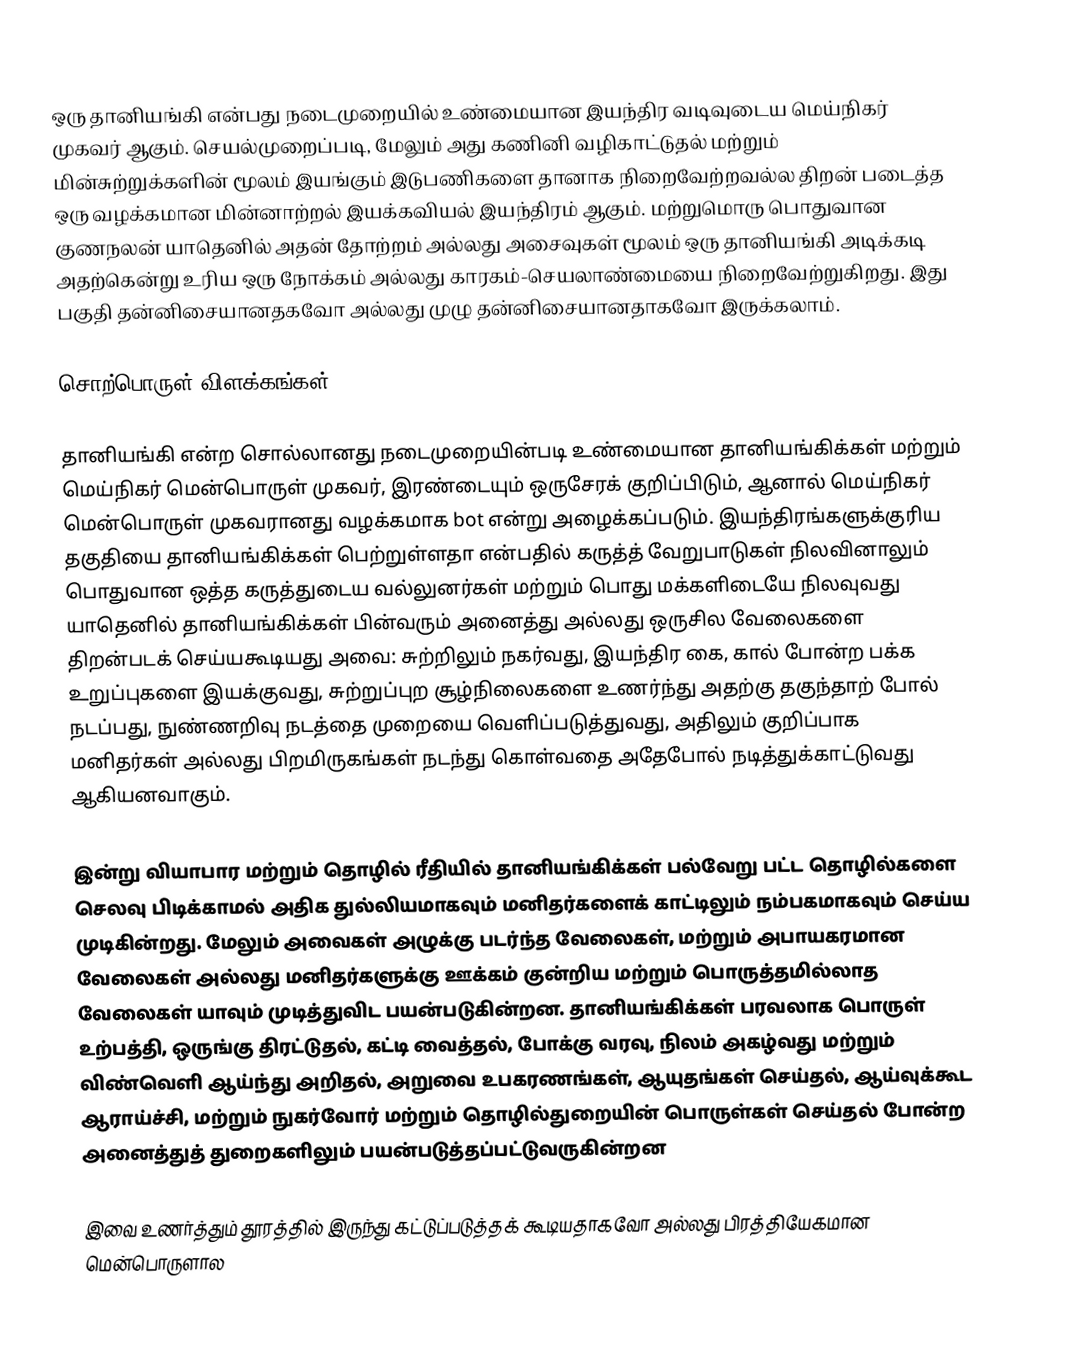
ஒரு தானியங்கி என்பது நடைமுறையில் உண்மையான இயந்திர வடிவுடைய மெய்நிகர் முகவர் ஆகும். செயல்முறைப்படி, மேலும் அது கணினி வழிகாட்டுதல் மற்றும் மின்சுற்றுக்களின் மூலம் இயங்கும் இடுபணிகளை தானாக நிறைவேற்றவல்ல திறன் படைத்த ஒரு வழக்கமான மின்னாற்றல் இயக்கவியல் இயந்திரம் ஆகும். மற்றுமொரு பொதுவான குணநலன் யாதெனில் அதன் தோற்றம் அல்லது அசைவுகள் மூலம் ஒரு தானியங்கி அடிக்கடி அதற்கென்று உரிய ஒரு நோக்கம் அல்லது காரகம்-செயலாண்மையை நிறைவேற்றுகிறது. இது பகுதி தன்னிசையானதகவோ அல்லது முழு தன்னிசையானதாகவோ இருக்கலாம்.

சொற்பொருள் விளக்கங்கள்

தானியங்கி என்ற சொல்லானது நடைமுறையின்படி உண்மையான தானியங்கிக்கள் மற்றும் மெய்நிகர் மென்பொருள் முகவர், இரண்டையும் ஒருசேரக் குறிப்பிடும், ஆனால் மெய்நிகர் மென்பொருள் முகவரானது வழக்கமாக bot என்று அழைக்கப்படும். இயந்திரங்களுக்குரிய தகுதியை தானியங்கிக்கள் பெற்றுள்ளதா என்பதில் கருத்த் வேறுபாடுகள் நிலவினாலும் பொதுவான ஒத்த கருத்துடைய வல்லுனர்கள் மற்றும் பொது மக்களிடையே நிலவுவது யாதெனில் தானியங்கிக்கள் பின்வரும் அனைத்து அல்லது ஒருசில வேலைகளை திறன்படக் செய்யகூடியது அவை: சுற்றிலும் நகர்வது, இயந்திர கை, கால் போன்ற பக்க உறுப்புகளை இயக்குவது, சுற்றுப்புற சூழ்நிலைகளை உணர்ந்து அதற்கு தகுந்தாற் போல் நடப்பது, நுண்ணறிவு நடத்தை முறையை வெளிப்படுத்துவது, அதிலும் குறிப்பாக மனிதர்கள் அல்லது பிறமிருகங்கள் நடந்து கொள்வதை அதேபோல் நடித்துக்காட்டுவது ஆகியனவாகும்.

இன்று வியாபார மற்றும் தொழில் ரீதியில் தானியங்கிக்கள் பல்வேறு பட்ட தொழில்களை செலவு பிடிக்காமல் அதிக துல்லியமாகவும் மனிதர்களைக் காட்டிலும் நம்பகமாகவும் செய்ய முடிகின்றது. மேலும் அவைகள் அழுக்கு படர்ந்த வேலைகள், மற்றும் அபாயகரமான வேலைகள் அல்லது மனிதர்களுக்கு ஊக்கம் குன்றிய மற்றும் பொருத்தமில்லாத வேலைகள் யாவும் முடித்துவிட பயன்படுகின்றன. தானியங்கிக்கள் பரவலாக பொருள் உற்பத்தி, ஒருங்கு திரட்டுதல், கட்டி வைத்தல், போக்கு வரவு, நிலம் அகழ்வது மற்றும் விண்வெளி ஆய்ந்து அறிதல், அறுவை உபகரணங்கள், ஆயுதங்கள் செய்தல், ஆய்வுக்கூட ஆராய்ச்சி, மற்றும் நுகர்வோர் மற்றும் தொழில்துறையின் பொருள்கள் செய்தல் போன்ற அனைத்துத் துறைகளிலும் பயன்படுத்தப்பட்டுவருகின்றன

இவை உணர்த்தும் தூரத்தில் இருந்து கட்டுப்படுத்தக் கூடியதாகவோ அல்லது பிரத்தியேகமான மென்பொருளால